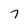
Character: 7